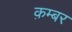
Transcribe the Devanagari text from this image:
क़म्बर